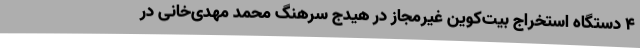
4 دستگاه استخراج بیت‌کوین غیرمجاز در هیدج سرهنگ محمد مهدی‌خانی در